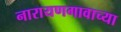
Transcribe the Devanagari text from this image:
नारायणगावाच्या